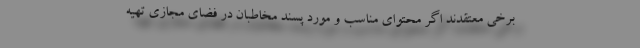
برخی معتقدند اگر محتوای مناسب و مورد پسند مخاطبان در فضای مجازی تهیه